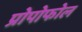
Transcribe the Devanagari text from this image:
प्रोपोफोल